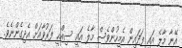
އޭނާ މާލެ އައި ފަދައިން އެމީހުންވެސް މާލެ އައީ ސިއްޙީ ފަރުވާއަށް އެދިގެންނެވެ.